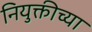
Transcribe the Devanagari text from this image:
नियुक्तीच्या